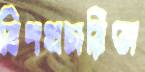
বিপথচারিতা